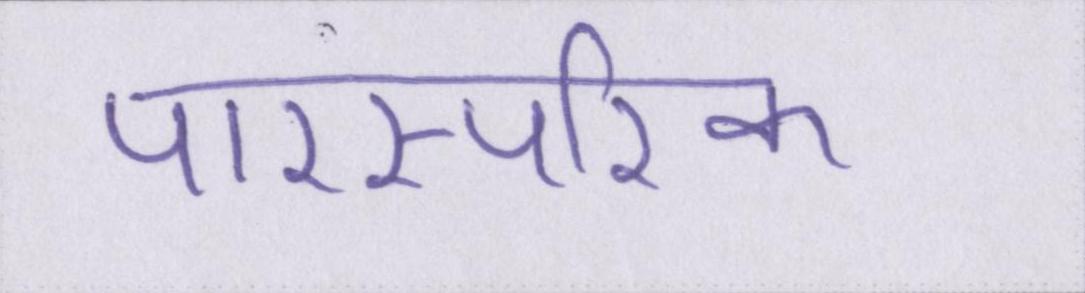
पारस्परिक